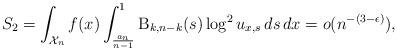
LaTeX: \begin{align*}S_2 &= \int_{\mathcal{X}_n} f(x) \int_\frac{a_n}{n-1}^1 \mathrm{B}_{k,n-k}(s) \log^2 u_{x,s} \, ds \, dx =o(n^{-(3-\epsilon)}),\end{align*}